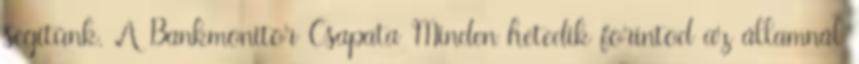
segítünk. A Bankmonitor Csapata Minden hetedik forintod az államnál